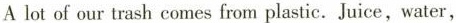
A lot of our trash comes from plastic.Juice,water,